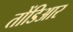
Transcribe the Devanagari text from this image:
तोंडिआर